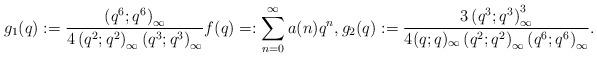
LaTeX: \begin{align*}g_1(q) := \frac{\left(q^6;q^6\right)_\infty}{4\left(q^2;q^2\right)_\infty\left(q^3;q^3\right)_\infty}f(q) =: \sum_{n=0}^\infty a(n)q^n,g_2(q) := \frac{3\left(q^3;q^3\right)^3_\infty}{4(q;q)_\infty\left(q^2;q^2\right)_\infty\left(q^6;q^6\right)_\infty}.\end{align*}